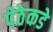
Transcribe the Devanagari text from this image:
पेठेकडे